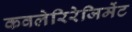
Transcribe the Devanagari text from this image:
कवलेरिरेजिमेंट